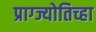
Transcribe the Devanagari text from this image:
प्राग्ज्योतिच्हा